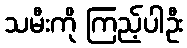
သမီးကို ကြည့်ပါဦး